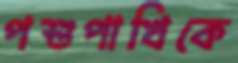
পশুপাখিকে